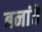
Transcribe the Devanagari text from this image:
बनांते